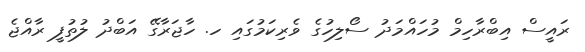
ރައީސް އިބްރާހިމް މުހައްމަދު ސޯލިހުގެ ވެރިކަމުގައި ހ. ހާޖަރާގޭ އަބްދު ލުތުފީ ރާއްޖެ